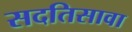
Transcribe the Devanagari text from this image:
सदतिसावा